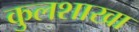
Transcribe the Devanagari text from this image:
कुलशाखा